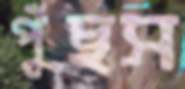
পুঁছস